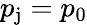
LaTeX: p_{\mathrm{j}}=p_{\mathrm{0}}